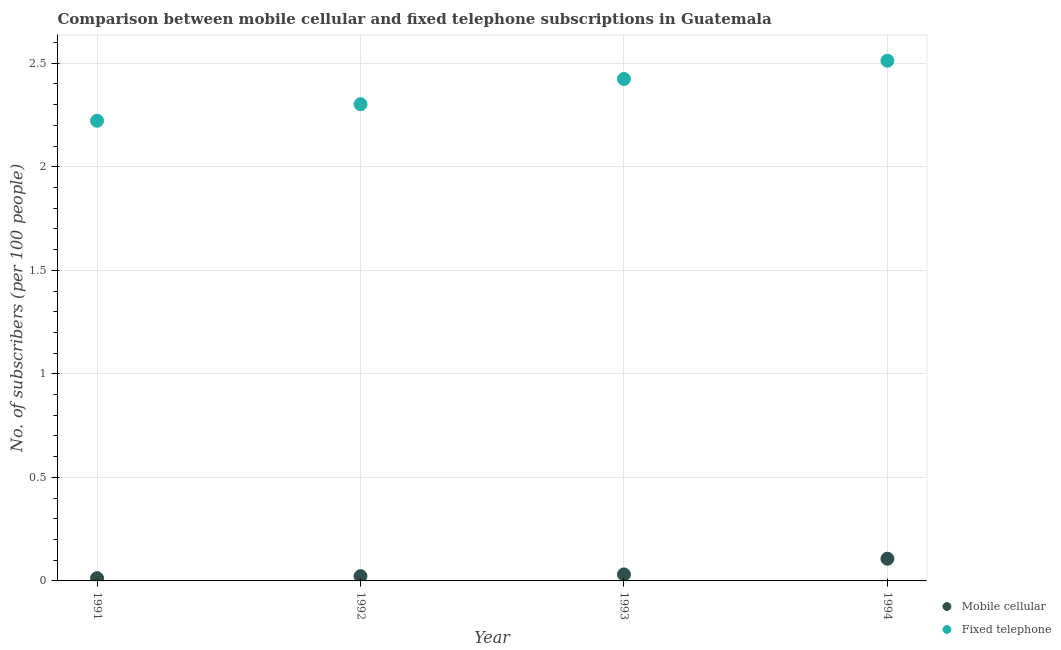
| Year | Mobile cellular | Fixed telephone |
 | --- | --- | --- |
 | 1991 | 0.0134 | 2.22 |
 | 1992 | 0.023 | 2.3 |
 | 1993 | 0.0314 | 2.42 |
 | 1994 | 0.107 | 2.51 |